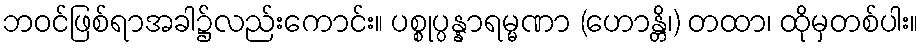
ဘဝင်ဖြစ်ရာအခါ၌လည်းကောင်း။ ပစ္စုပ္ပန္နာရမ္မဏာ (ဟောန္တိ၊) တထာ၊ ထိုမှတစ်ပါး။